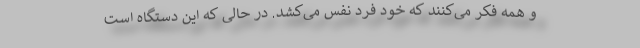
و همه فکر می‌کنند که خود فرد نفس می‌کشد. در حالی که این دستگاه است